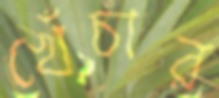
খেঁচার